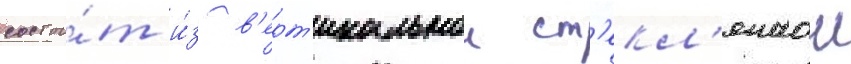
состои́т и́з в'ерт'икальнои ст'екл'яннои